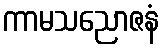
ကာမသညောဇနံ